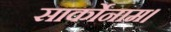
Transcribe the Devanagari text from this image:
सार्कोनाम।